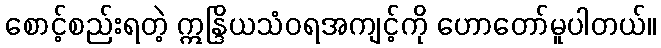
စောင့်စည်းရတဲ့ ဣန္ဒြိယသံဝရအကျင့်ကို ဟောတော်မူပါတယ်။